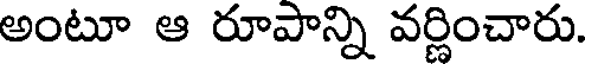
అంటూ ఆ రూపాన్ని వర్ణించారు.